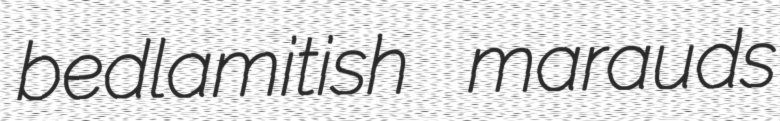
bedlamitish marauds